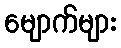
မျောက်များ